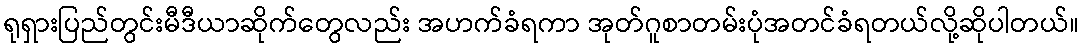
ရုရှားပြည်တွင်းမီဒီယာဆိုက်တွေလည်း အဟက်ခံရကာ အုတ်ဂူစာတမ်းပုံအတင်ခံရတယ်လို့ဆိုပါတယ်။